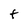
Character: t